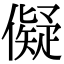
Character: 儗